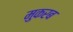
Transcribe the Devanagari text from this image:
मुकरब